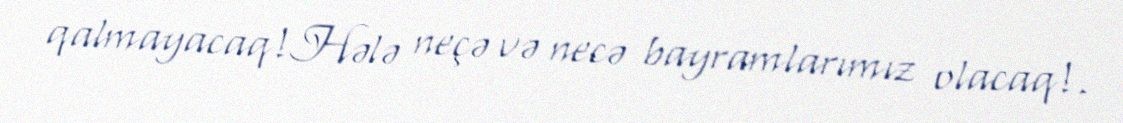
qalmayacaq!Hələ neçə və necə bayramlarımız olacaq!.